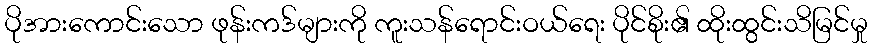
ပိုအားကောင်းသော ဖုန်းကဒ်များကို ကူးသန်ရောင်းဝယ်ရေး ပိုင်စိုး၏ ထိုးထွင်းသိမြင်မှု